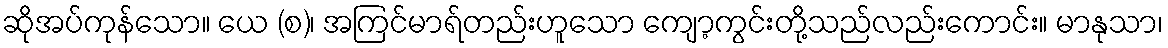
ဆိုအပ်ကုန်သော။ ယေ (စ)၊ အကြင်မာရ်တည်းဟူသော ကျော့ကွင်းတို့သည်လည်းကောင်း။ မာနုသာ၊